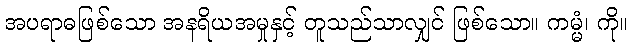
အပရာဓဖြစ်သော အနရိယအမှုနှင့် တူသည်သာလျှင် ဖြစ်သော။ ကမ္မံ၊ ကို။